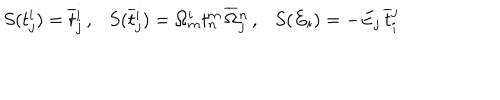
S ( t _ { j } ^ { i } ) = \overline { { { t } } } { } _ { j } ^ { i } \, , \ \ \ S ( \overline { { { t } } } { } _ { j } ^ { i } ) = \Omega _ { m } ^ { i } t _ { n } ^ { m } \, \overline { { { \Omega } } } { } _ { j } ^ { n } \, , \ \ \ S ( E _ { i } ) = - E _ { j } \, \overline { { { t } } } { } _ { i } ^ { j }